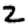
Digit: 2